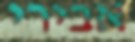
אבירי